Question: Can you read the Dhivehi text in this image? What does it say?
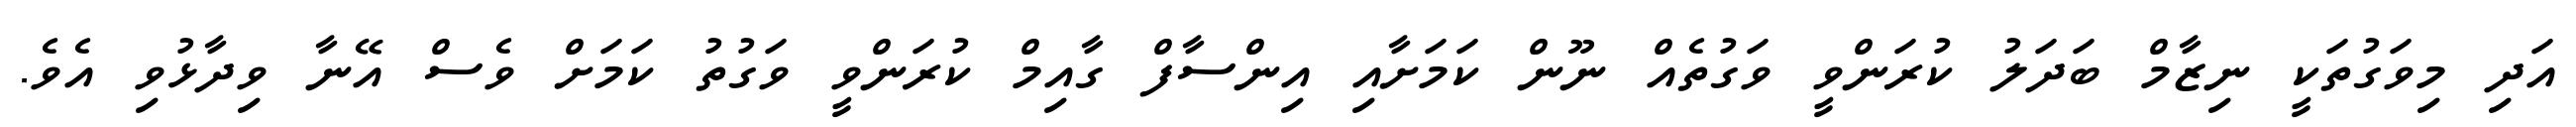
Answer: އަދި މިވަގުތަކީ ނިޒާމް ބަދަލު ކުރަންވީ ވަގުތެއް ނޫން ކަމަށާއި އިންސާފް ގާއިމް ކުރަންވީ ވަގުތު ކަމަށް ވެސް އޭނާ ވިދާޅުވި އެވެ.